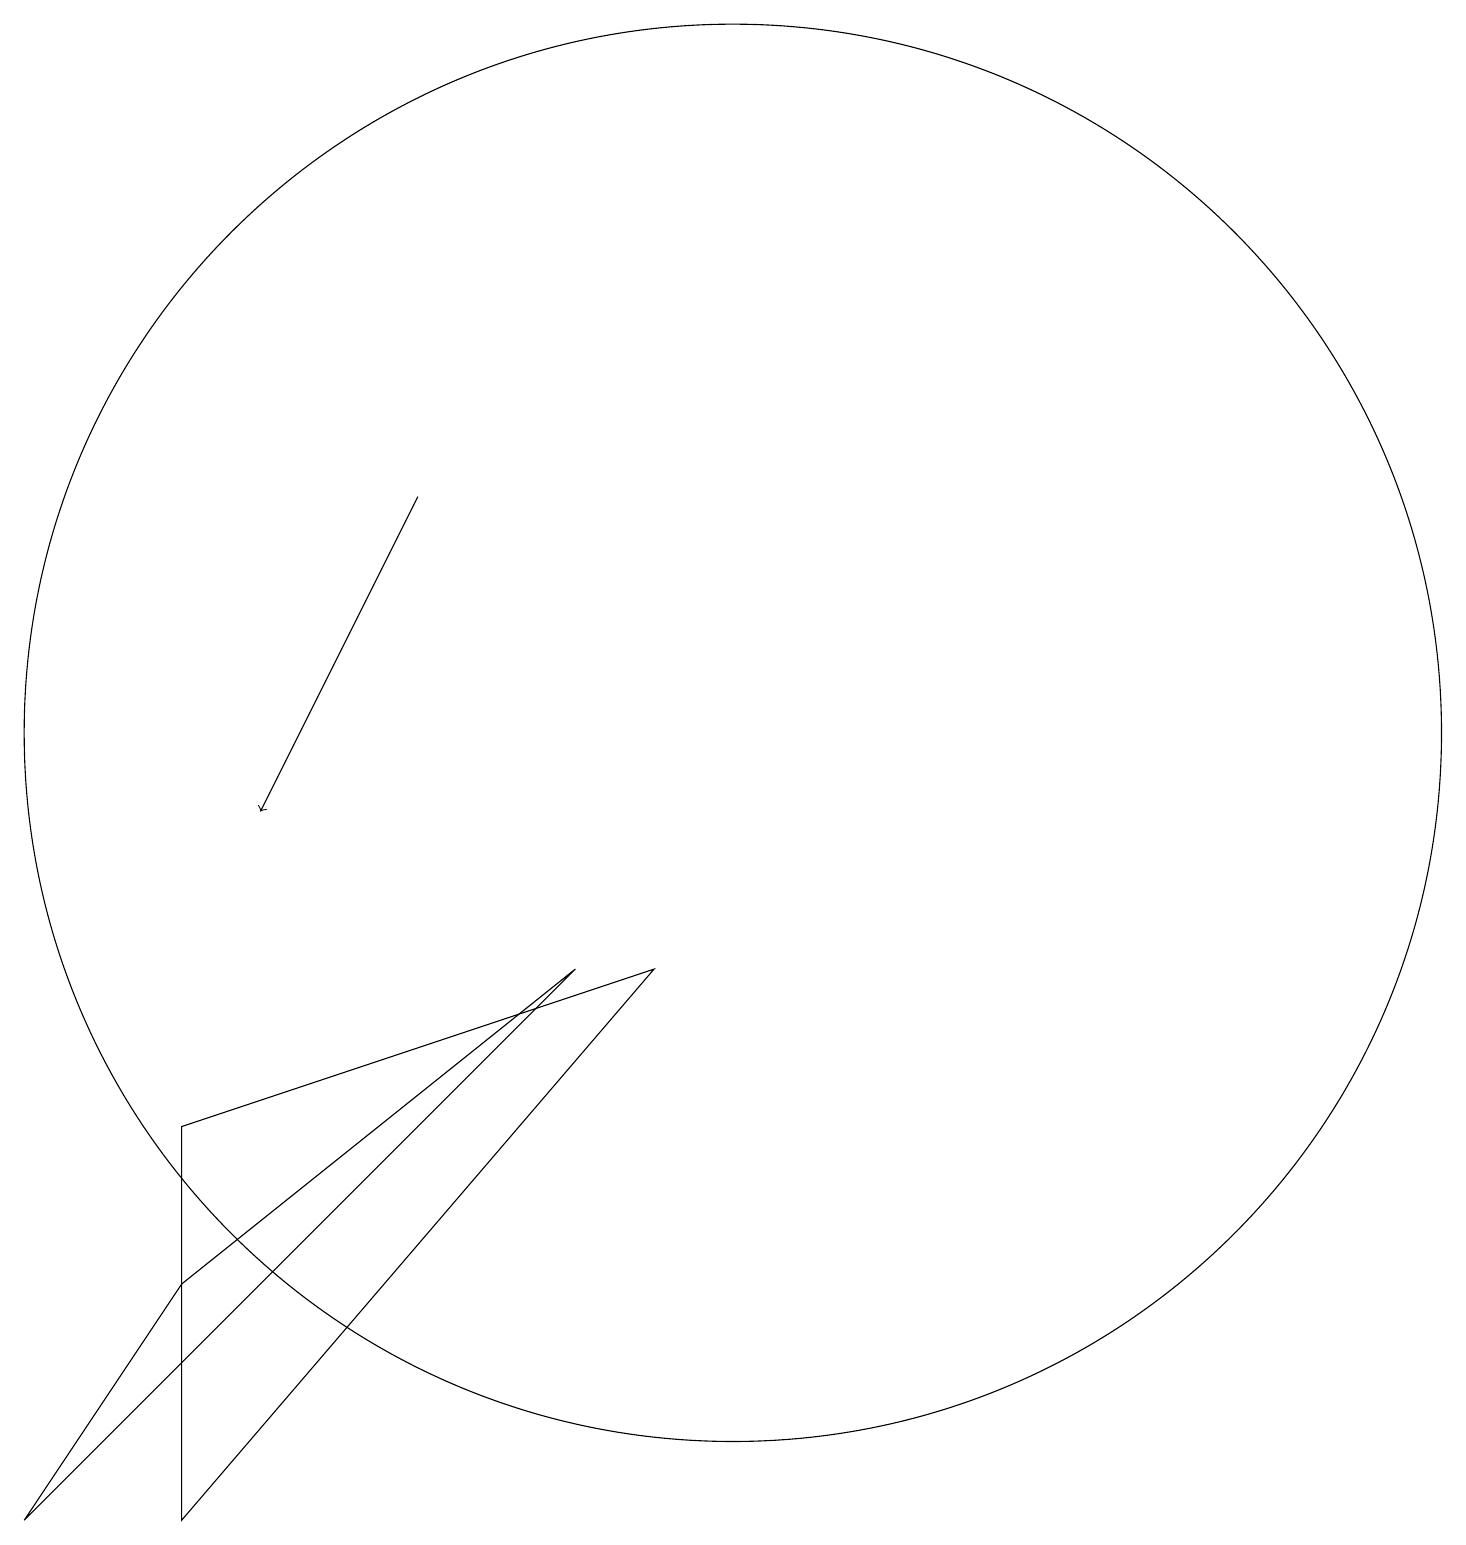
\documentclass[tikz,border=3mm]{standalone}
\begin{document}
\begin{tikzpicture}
\draw (9,9) -- (3,7) -- (3,2) -- cycle;
\draw[->] (6,15) -- (4,11);
\draw (1,2) -- (3,5) -- (8,9) -- cycle;
\draw (10,12) circle (9);
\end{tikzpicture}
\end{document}